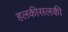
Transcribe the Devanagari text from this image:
हलकीसलकी